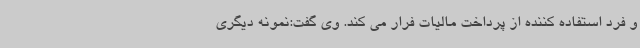
و فرد استفاده کننده از پرداخت مالیات فرار می کند. وی گفت:نمونه دیگری